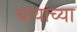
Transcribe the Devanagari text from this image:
बायांच्या